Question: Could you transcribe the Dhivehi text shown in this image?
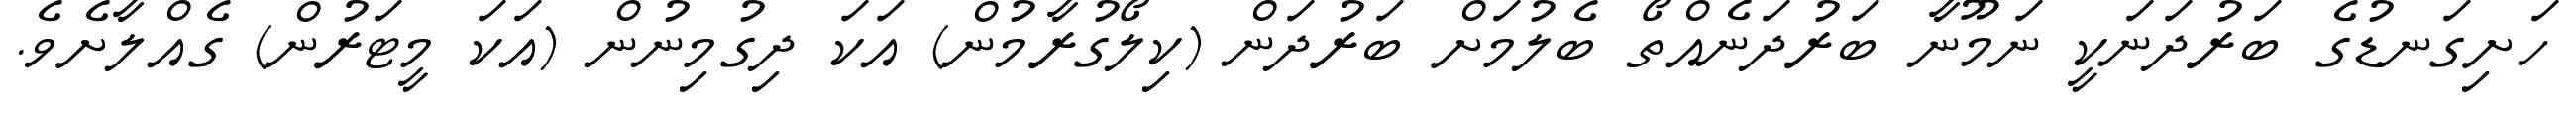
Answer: ހަށިގަނޑުގެ ބަރުދަނަކީ ނަމޫނާ ބަރުދަނެއްތޯ ބެލުމަށް ބަރުދަން (ކިލޯގުރާމުން) އަކަ ދިގުމިނުން (އަކަ މީޓަރުން) ގެއްލާށެވެ.